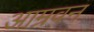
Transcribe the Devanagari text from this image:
आम्रवन